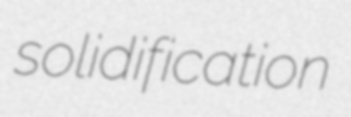
solidification